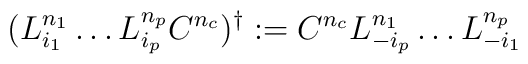
(L_{i_1}^{n_1} \ldots L_{i_p}^{n_p} C^{n_c})^\dagger := C^{n_c} L_{-i_p}^{n_1} \ldots L_{-i_1}^{n_p}